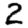
Digit: 2